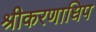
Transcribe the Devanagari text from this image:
श्रीकरणाधिप